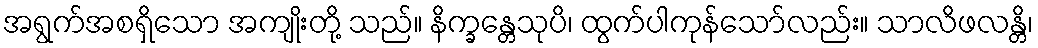
အရွက်အစရှိသော အကျိုးတို့ သည်။ နိက္ခန္တေသုပိ၊ ထွက်ပါကုန်သော်လည်း။ သာလိဖလန္တိ၊